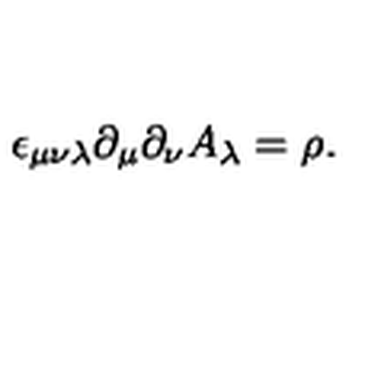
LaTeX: \epsilon _ { \mu \nu \lambda } \partial _ { \mu } \partial _ { \nu } A _ { \lambda } = \rho .